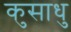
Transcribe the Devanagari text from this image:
कुसाधु